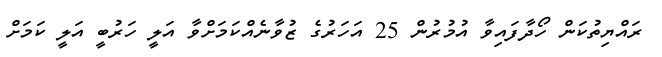
ރައްޔިތުކަން ހޯދާފައިވާ އުމުރުން 25 އަހަރުގެ ޒުވާނެއްކަމަށްވާ އަލީ ހަރުބީ އަލީ ކަމަށް